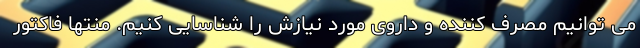
می توانیم مصرف کننده و داروی مورد نیازش را شناسایی کنیم. منتها فاکتور